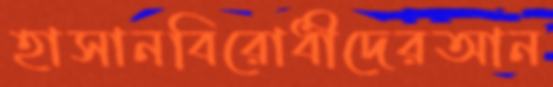
হাসানবিরোধীদেরআন